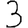
Digit: 3